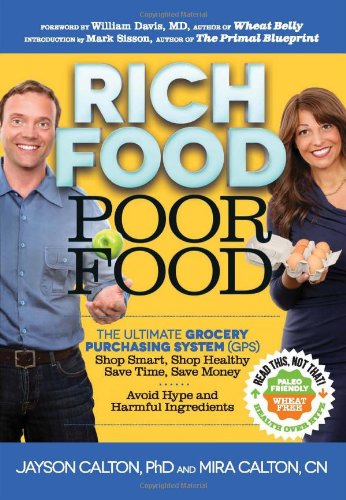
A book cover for Rich Food Poor Food: The Ultimate Grocery Purchasing System (GPS); Mira Calton; Health, Fitness & Dieting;